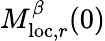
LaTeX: M_{\mathrm{loc},r}^{\beta}(0)